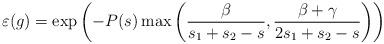
LaTeX: \begin{align*} \varepsilon(g) = \exp\left(-P(s)\max\left( \frac{\beta}{s_1+s_2-s} ,\frac{\beta+\gamma}{2s_1+s_2-s}\right)\right)\end{align*}